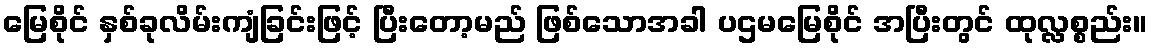
မြေစိုင် နှစ်ခုလိမ်းကျံခြင်းဖြင့် ပြီးတော့မည် ဖြစ်သောအခါ ပဌမမြေစိုင် အပြီးတွင် ထုလ္လစ္စည်း။